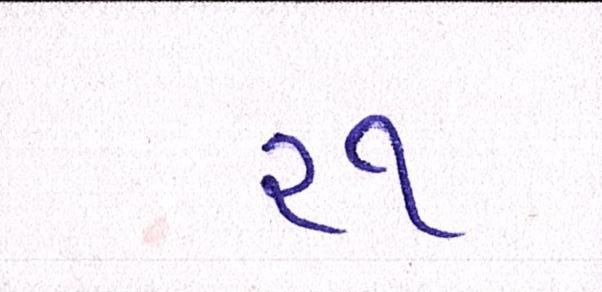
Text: ૨૧